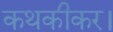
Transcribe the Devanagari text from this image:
कथकीकर।